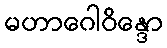
မဟာဂေါဝိန္ဒော